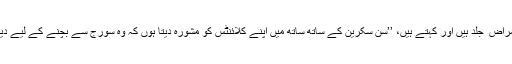
ڈاکٹر برندھا بالارامن ماہر ِ امراض ِ جلد ہیں اور کہتے ہیں، ’’سن سکرین کے ساتھ ساتھ میں اپنے کلائنٹس کو مشورہ دیتا ہوں کہ وہ سورج سے بچنے کے لیے دیگر چیزیں بھی استعمال کریں۔